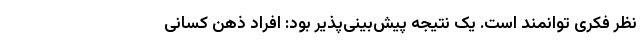
نظر فکری توانمند است. یک نتیجه پیش‌بینی‌پذیر بود: افراد ذهن کسانی